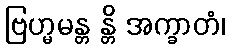
ဗြဟ္မမန္တ န္တိ အက္ခာတံ၊